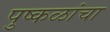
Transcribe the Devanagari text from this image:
पुष्कळांचा